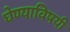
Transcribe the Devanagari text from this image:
घेण्‍याविषयी